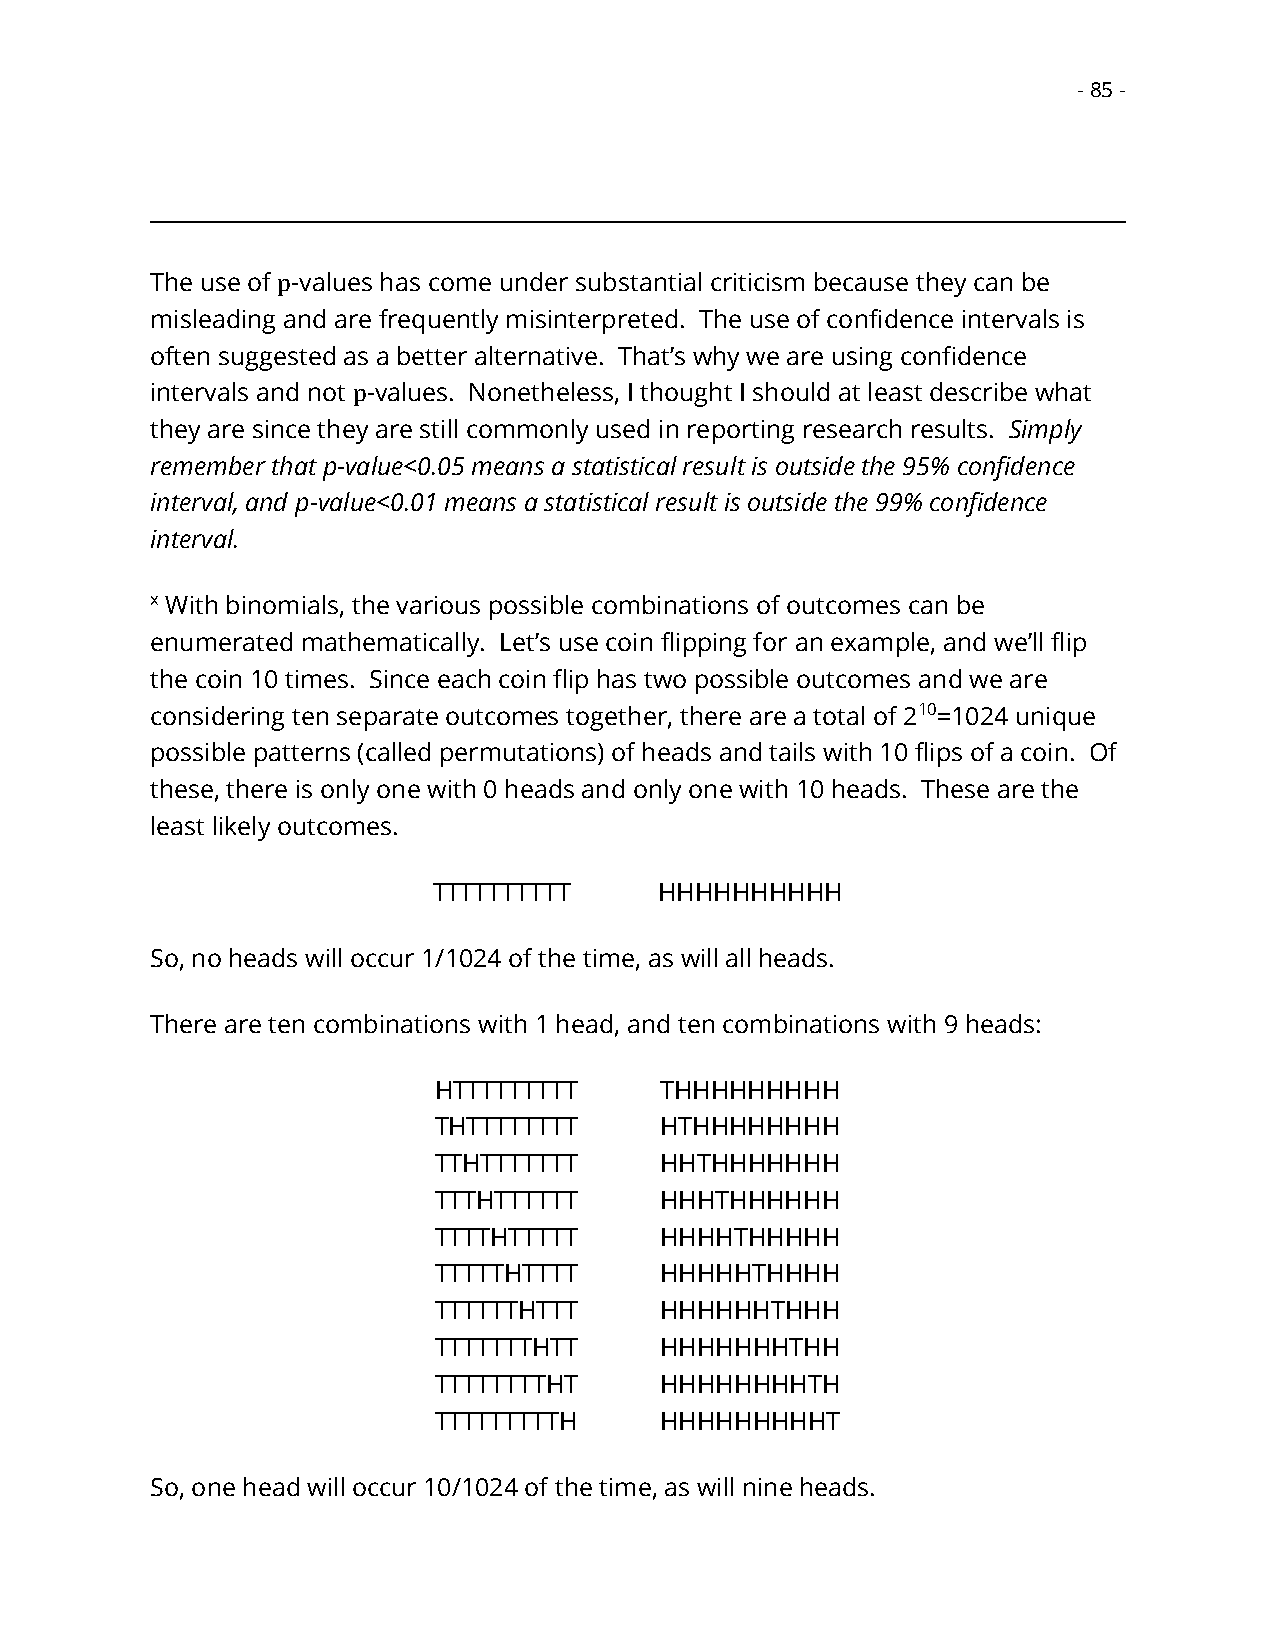
- 85 -
 The use of p-values has come under substantial criticism because they can be
 misleading and are frequently misinterpreted. The use of confidence intervals is
 often suggested as a better alternative. That’s why we are using confidence
 intervals and not p-values. Nonetheless, I thought I should at least describe what
 they are since they are still commonly used in reporting research results. Simply
 remember that p-value<0.05 means a statistical result is outside the 95% confidence
 interval, and p-value<0.01 means a statistical result is outside the 99% confidence
 interval.
 x With binomials, the various possible combinations of outcomes can be
 enumerated mathematically. Let’s use coin flipping for an example, and we’ll flip
 the coin 10 times. Since each coin flip has two possible outcomes and we are
 considering ten separate outcomes together, there are a total of 210=1024 unique
 possible patterns (called permutations) of heads and tails with 10 flips of a coin. Of
 these, there is only one with 0 heads and only one with 10 heads. These are the
 least likely outcomes.
 TTTTTTTTTT     HHHHHHHHHH
 So, no heads will occur 1/1024 of the time, as will all heads.
 There are ten combinations with 1 head, and ten combinations with 9 heads:
 HTTTTTTTTT     THHHHHHHHH
 THTTTTTTTT     HTHHHHHHHH
 TTHTTTTTTT     HHTHHHHHHH
 TTTHTTTTTT     HHHTHHHHHH
 TTTTHTTTTT     HHHHTHHHHH
 TTTTTHTTTT     HHHHHTHHHH
 TTTTTTHTTT     HHHHHHTHHH
 TTTTTTTHTT     HHHHHHHTHH
 TTTTTTTTHT     HHHHHHHHTH
 TTTTTTTTTH     HHHHHHHHHT
 So, one head will occur 10/1024 of the time, as will nine heads.